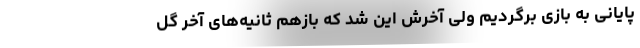
پایانی به بازی برگردیم ولی آخرش این شد که بازهم ثانیه‌های آخر گل